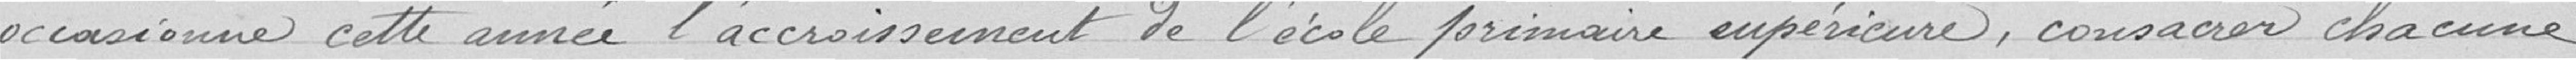
occasionne cette année l'accroissement de l'école primaire supérieure, consacrer chacune